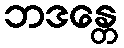
ဘဒန္တေ